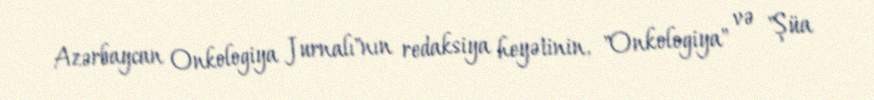
Azərbaycan Onkologiya Jurnalı"nın redaksiya heyətinin, "Onkologiya" və "Şüa